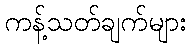
ကန့်သတ်ချက်များ